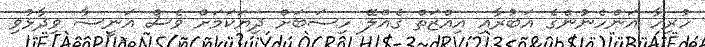
ހުރިހާ އަންހެނުންގެ އަބުރާއި އިއްޒަތް ގެއްލޭ ހިސަބަށް ދިޔަކަމަށް ވެސް އަނީސާ ވިދާޅުވި